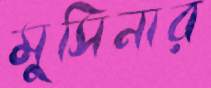
মুসিনার